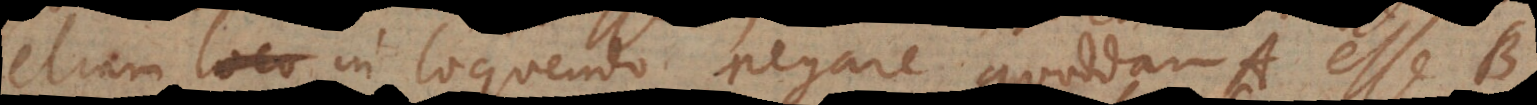
etiam in loquendo negare quoddam A esse B,